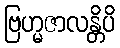
ဗြဟ္မဇာလန္တိပိ